Report on vaccination in Madras 1904-1921 - 1904-1921
Year: 1904
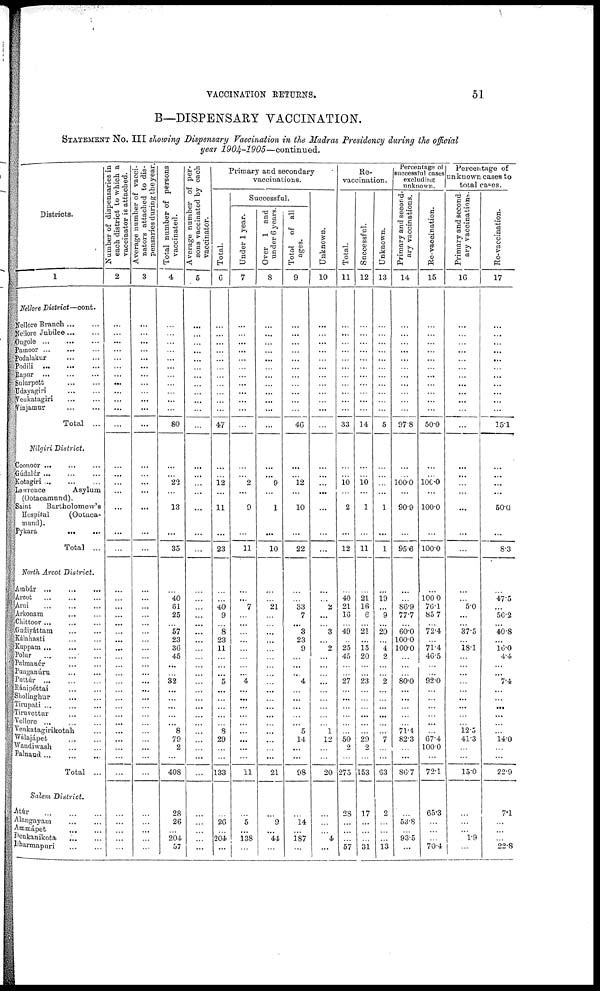
VACCINATION RETURNS.
51
B—DISPENSARY VACCINATION.
STATEMENT NO. III showing Dispensary Vaccination in the Madras Presidency during the official
year 1904-1905—continued.
Districts.
1
Nellore District—cont.
Nellore Branch ... ...
Nellore Jubilee ... ...
Ongole
...
...
...
Pamoor ... ... ...
Podalakur
...
...
Podili
...
...
...
Rapur
...
...
...
Sulmpett ... ...
Udayagiri
...
...
Veukatagiri ... ...
Vinjamur ... ...
Total ...
Nilgiri District.
Coonoor ... ... ...
Gúdalúr ... ... ...
Kotagiri
...
...
...
Lawrence
Asylum
(Ootacamund).
Saint
Bartholomew's
Hospital
(Ootaca-
mund).
Pykara
...
...
Total ...
North Arcot District.
Ambúr ...
...
...
Arcot ... ... ...
Ami ... ... ...
Arkonam ... ...
Chittoor ... ... ...
Gudiyáttam ... ...
Káiahasti
...
...
Kuppam ... ... ...
Polur
...
... ...
Palmanér
...
...
Punganúru
...
...
Puttúr
...
...
Ránipéttai
...
...
Sholinghur
... ...
Tirupati
...
...
...
Tiruvettur ... ... ...
Vellore ... ... ...
Venkatagirikotah ...
Wlajápet
...
...
Wandiwash
...
...
Palnaud
...
...
...
Total ...
Salem District.
Atúr
...
...
...
Alangayam ... ...
Ammápet ... ...
Denkanikota ... ...
Dharmapuri ... ...
Number of dispensaries in
each district to which a
vaccinator is attached.
2
...
...
...
...
...
...
...
...
...
...
...
...
...
...
...
...
...
...
...
...
...
...
...
...
...
...
...
...
...
...
...
...
...
...
...
...
...
...
...
...
...
...
...
...
...
...
Average number of vacci-
nators attached to dis-
pensaries during the year.
3
...
...
...
...
...
...
...
...
...
...
...
...
...
...
...
...
...
...
...
...
...
...
...
...
...
...
...
...
...
...
...
...
...
...
...
...
...
...
...
...
...
...
...
...
...
...
Total number of persons
vaccinated.
4
...
...
...
...
...
...
...
...
...
...
...
80
...
...
22
...
13
...
35
...
40
81
25
...
57
23
36
45
...
...
32
...
...
...
...
...
8
79
2
...
408
28
26
...
204
57
Average number of per-
sons vaccinated by each
vaccinator.
5
...
...
...
...
...
...
...
...
...
...
...
...
...
...
...
...
...
...
...
...
...
...
...
...
...
...
...
...
...
...
...
...
...
...
...
...
...
...
...
...
...
...
...
...
...
...
Primary and secondary
vaccinations.
Total.
6
...
...
...
...
...
...
...
...
...
...
...
47
...
...
12
...
11
...
23
...
...
40
9
...
8
23
11
...
...
...
5
...
...
...
...
...
8
29
...
...
133
...
26
...
204
...
Successful.
Under 1 year.
7
...
...
...
...
...
...
...
...
...
...
...
...
...
...
2
...
9
...
11
...
...
7
...
...
...
...
...
...
...
...
4
...
...
...
...
...
...
...
...
...
11
...
5
...
138
...
Over 1 and
under 6 years.
8
...
...
...
...
...
...
...
...
...
...
...
...
...
...
9
...
1
...
10
...
...
21
...
...
...
...
...
...
...
...
...
...
...
...
...
...
...
...
...
...
21
...
9
...
44
...
Total of all
ages.
9
...
...
...
...
...
...
...
...
...
...
...
46
...
...
12
...
10
...
22
...
...
33
7
...
3
23
9
...
...
...
4
...
...
...
...
...
5
14
...
...
98
...
14
...
187
...
Unknown.
10
...
...
...
...
...
...
...
...
...
...
...
...
...
...
...
...
...
...
...
...
...
2
...
...
3
...
2
...
...
...
...
...
...
...
...
...
1
12
...
...
20
...
...
...
4
...
Re¬
vaccination.
Total.
11
...
...
...
...
...
...
...
...
...
...
...
33
...
...
10
...
2
...
12
...
40
21
16
...
49
...
25
45
...
...
27
...
...
...
...
...
...
50
2
...
275
28
...
...
...
57
Successful.
12
...
...
...
...
...
...
...
...
...
...
...
14
...
...
10
...
1
...
11
...
21
16
6
...
21
...
15
20
...
...
23
...
...
...
...
...
...
29
2
...
153
17
...
...
...
31
Unknown.
13
...
...
...
...
...
...
...
...
...
...
...
5
...
...
...
...
1
...
1
...
19
...
9
...
20
...
4
2
...
...
2
...
...
...
...
...
...
7
...
...
63
2
...
...
...
13
Percentage of
successful cases
excluding
unknown.
Primary and second-
ary vaccinations.
14
...
...
...
...
...
...
...
...
...
...
...
97.8
...
...
100.0
...
90.9
...
95.6
...
...
86.9
77.7
...
60.0
100.0
100.0
...
...
...
80.0
...
...
...
...
...
71.4
82.3
...
...
86.7
...
53.8
...
93.5
...
Re-vaccination.
15
...
...
...
...
...
...
...
...
...
...
...
50.0
...
...
100.0
...
100.0
...
100.0
...
100.0
76.1
85.7
...
72.4
...
71.4
46.5
...
...
92.0
...
...
...
...
...
...
67.4
100.0
...
72.1
65.3
...
...
...
70.4
Percentage of
unknown cases to
total cases.
Primary and second-
ary vaccinations..
16
...
...
...
...
...
...
...
...
...
...
...
...
...
...
...
...
...
...
...
...
5.0
...
...
37.5
...
18.1
...
...
...
...
...
...
...
...
...
12.5
41.3
...
...
15.0
...
...
...
1.9
...
Re-vaccination.
17
...
...
...
...
...
...
...
...
...
...
...
15.1
...
...
...
...
50.0
...
8.3
...
47.5
...
56.2
...
40.8
...
16.0
4.4
...
...
7.4
...
...
...
...
...
...
14.0
...
...
22.9
7.1
...
...
...
22.8